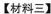
【材料三】